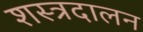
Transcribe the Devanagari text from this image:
शस्त्रदालन